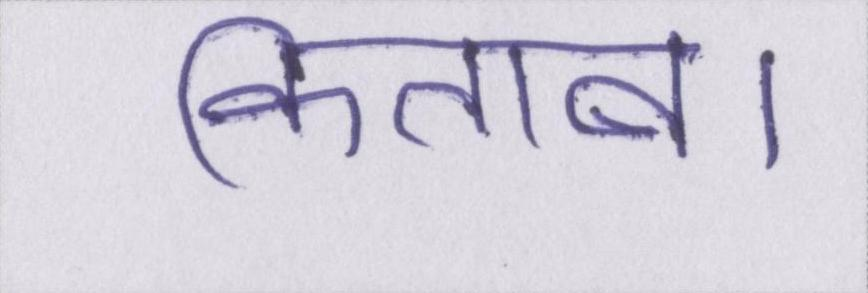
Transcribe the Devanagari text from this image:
किताब।